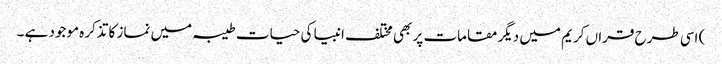
) اسی طرح قراں کریم میں دیگر مقامات پر بھی مختلف انبیا کی حیات طیبہ میں نماز کا تذکرہ موجود ہے ۔